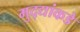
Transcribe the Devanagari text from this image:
मुद्‍द्यांकडे